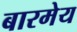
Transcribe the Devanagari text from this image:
बारमेय